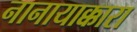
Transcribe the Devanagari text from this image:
नानायाक्कारा